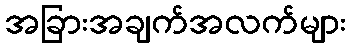
အခြားအချက်အလက်များ